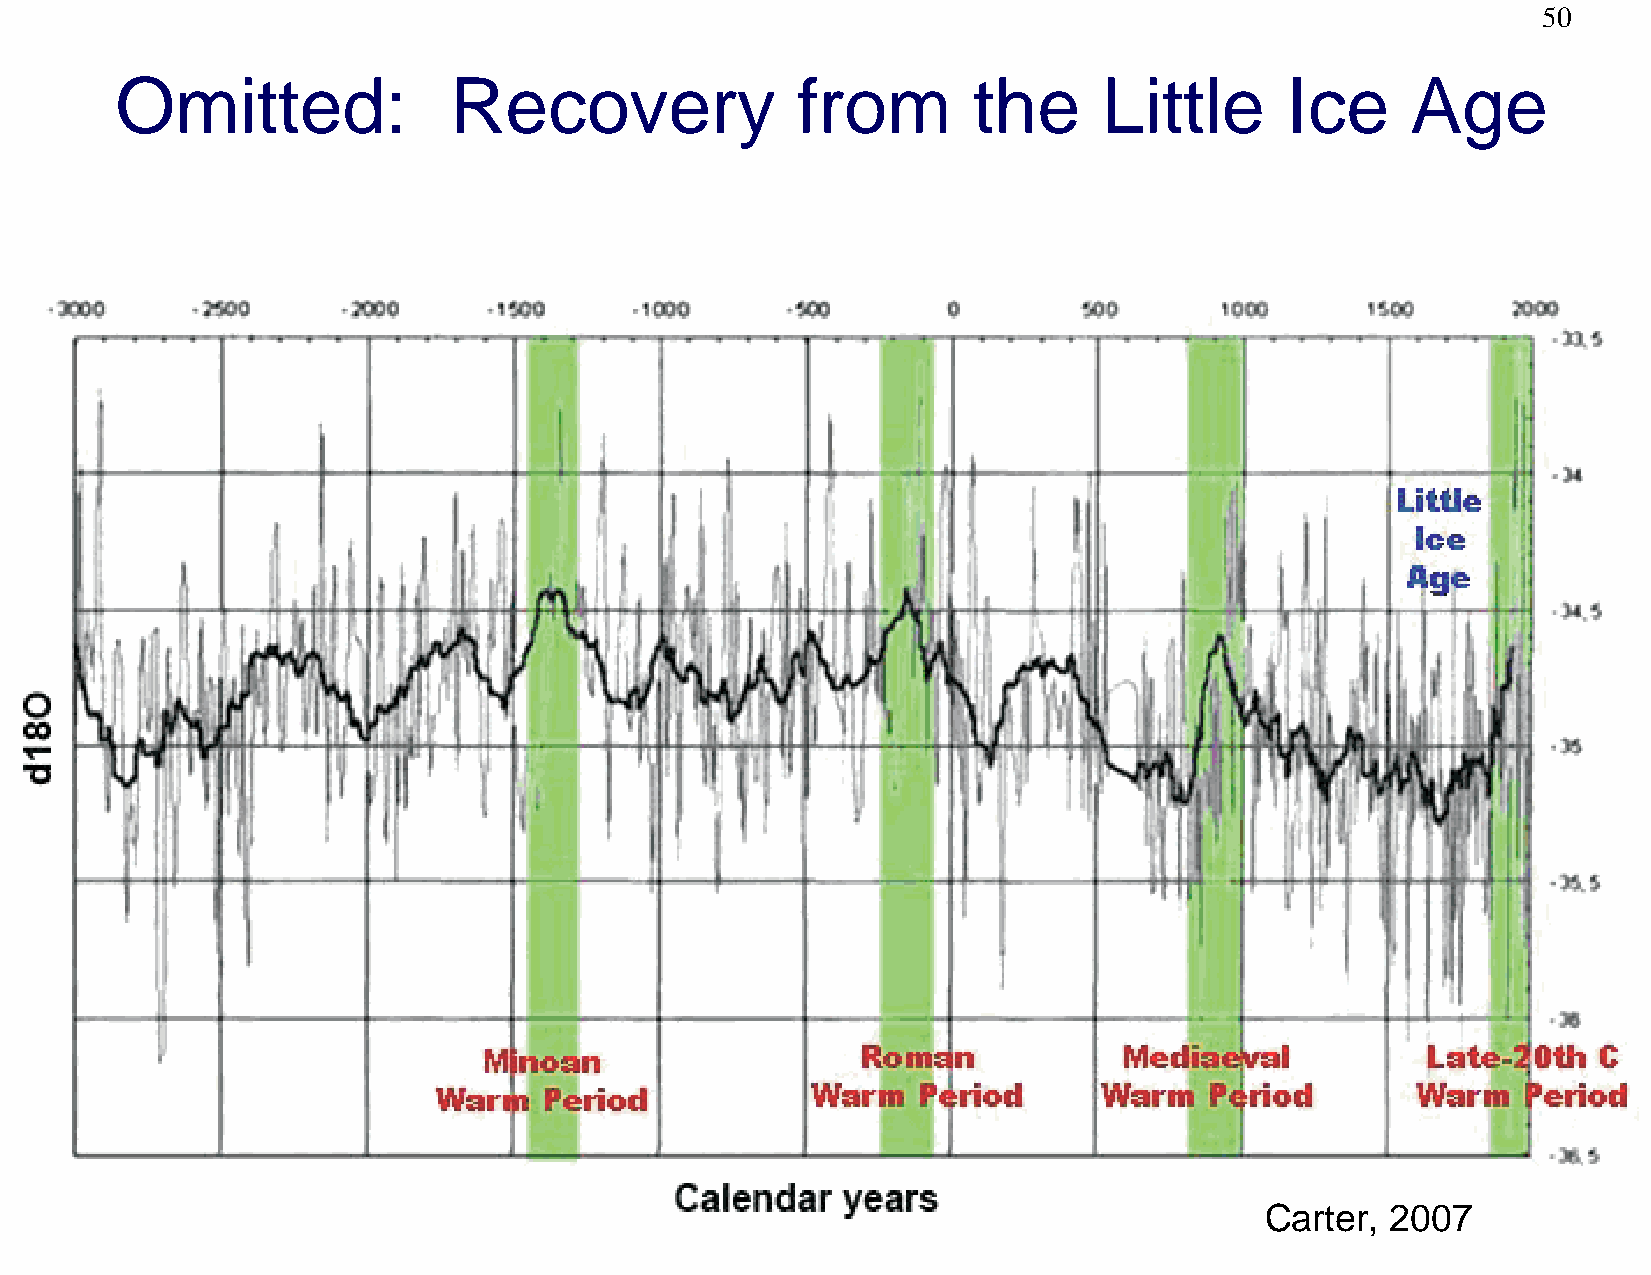
50
 Omitted:              Recovery               from       the      Little      Ice     Age
 Carter, 2007